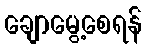
ချောမွေ့စေရန်